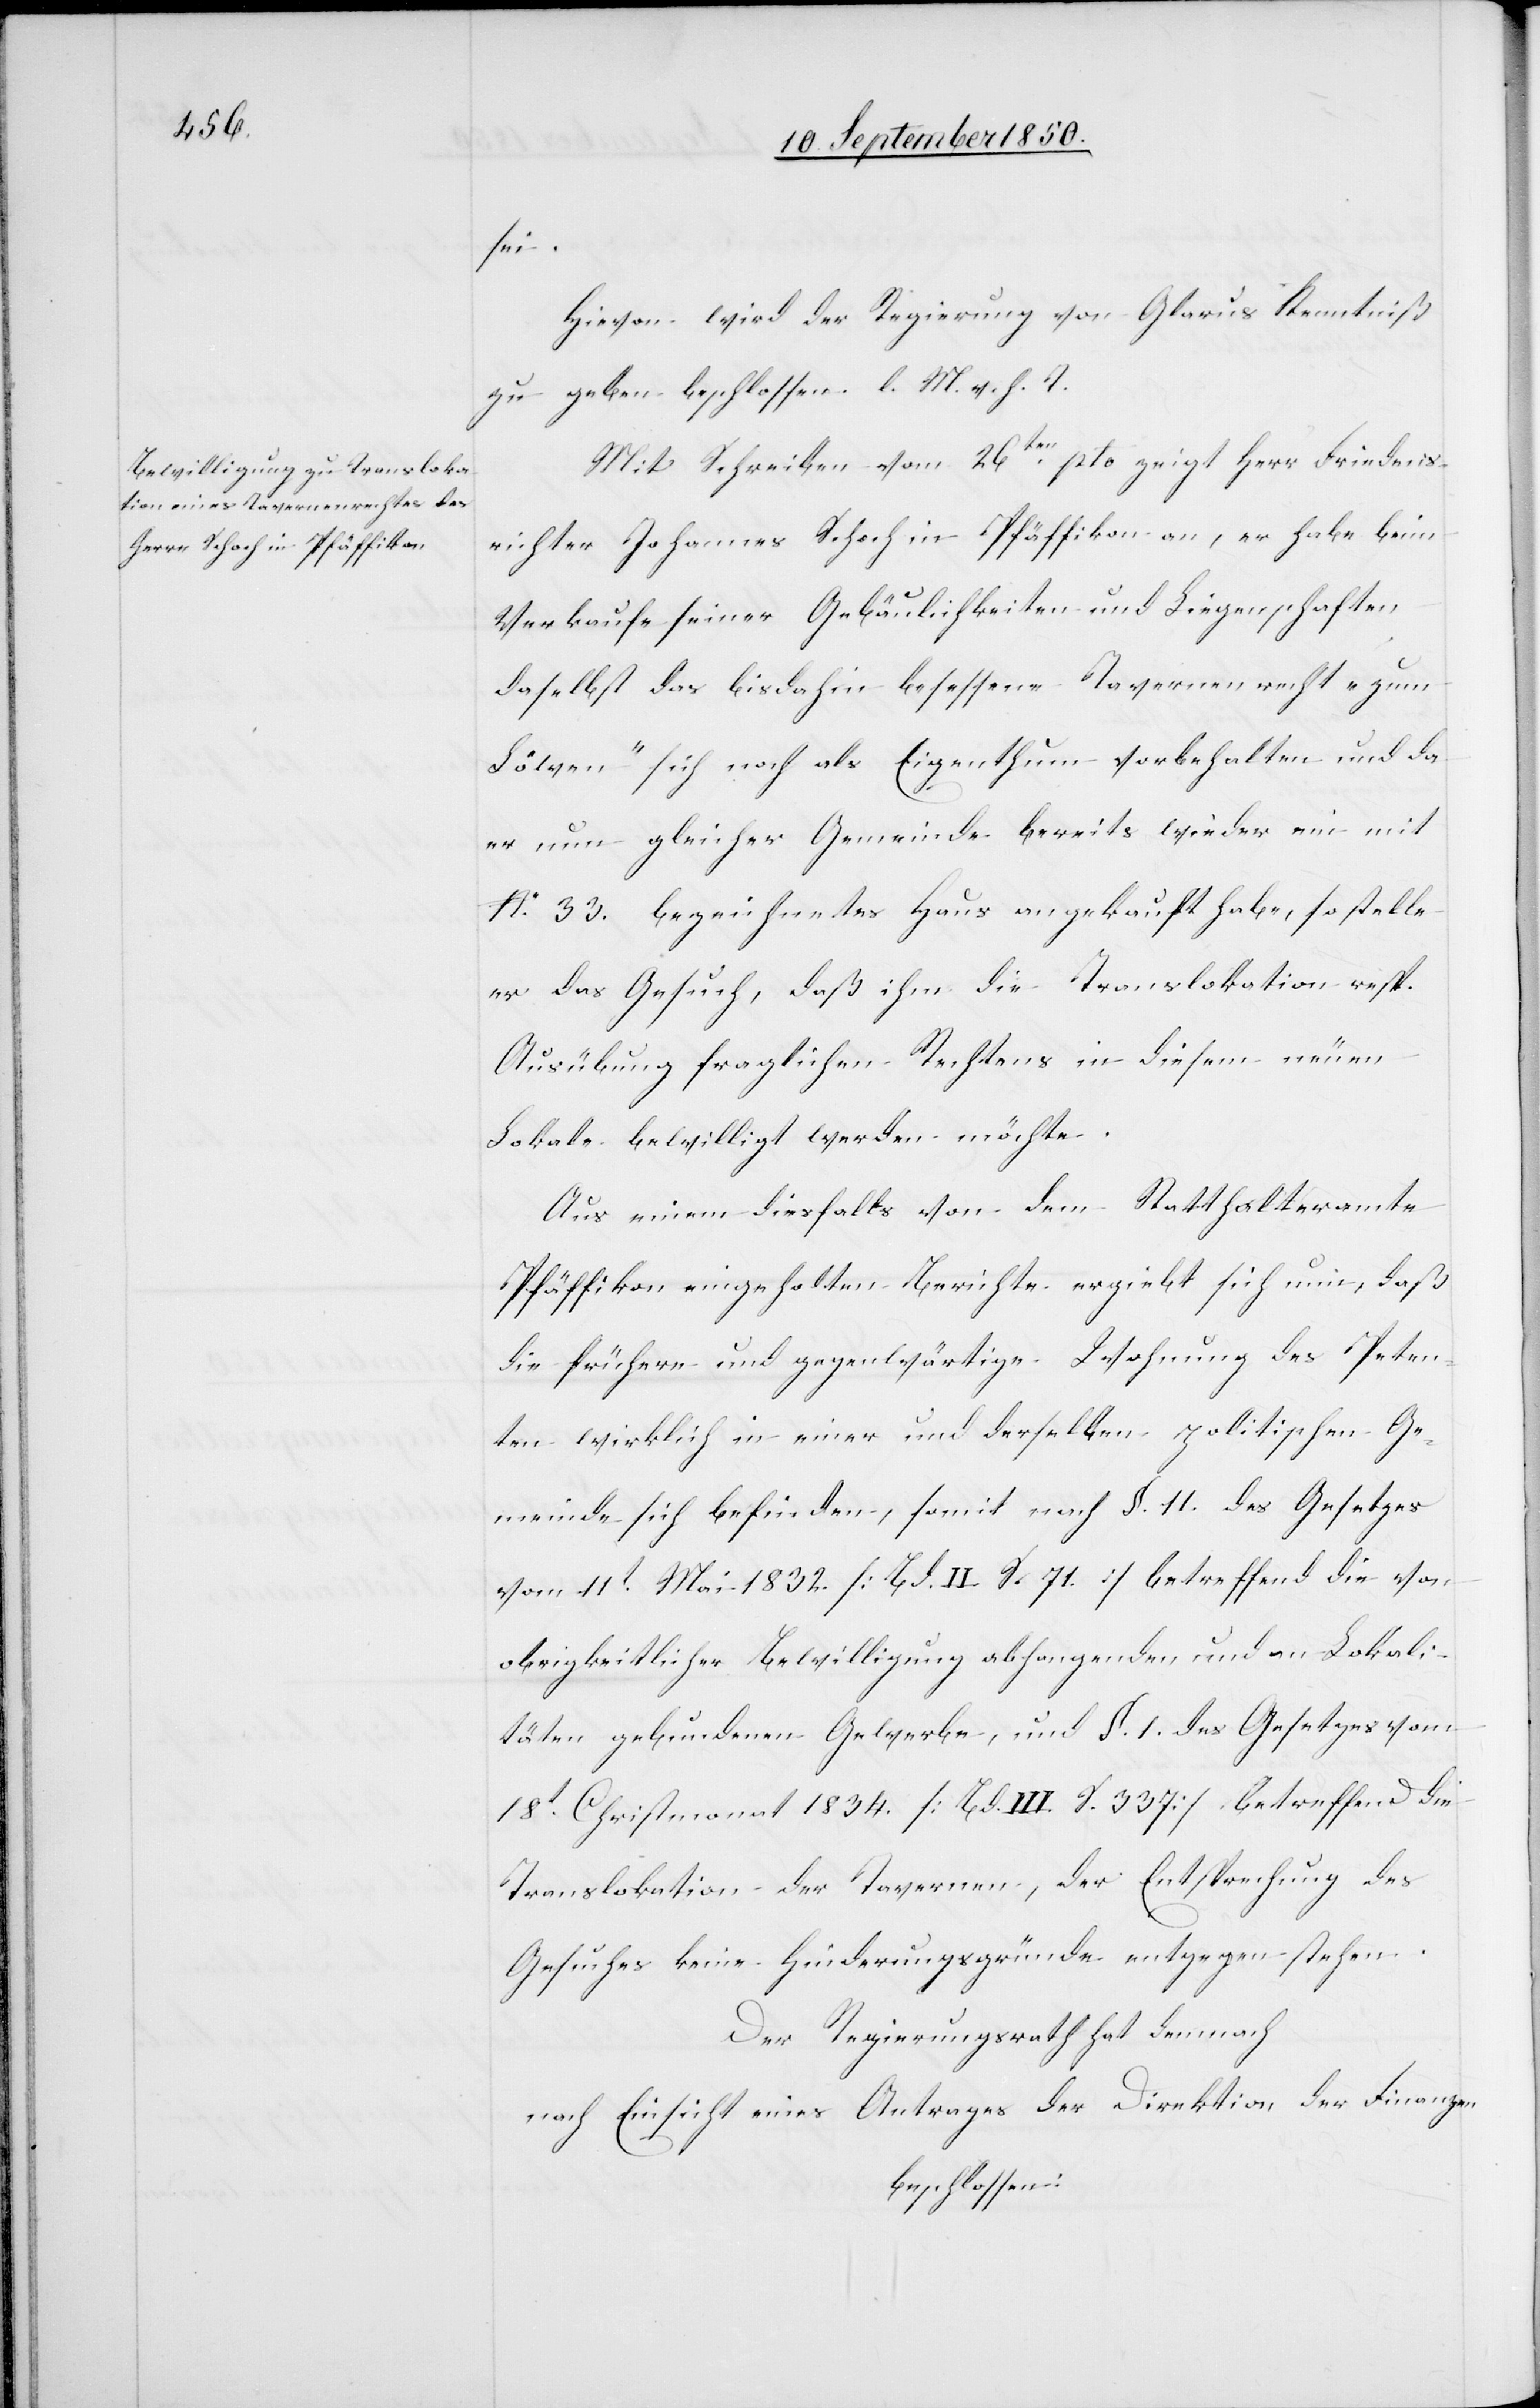
sei.
Hievon wird der Regierung von Glarus Kenntniß
zu geben beschlossen. l. M. v. h. T.
Mit Schreiben vom 26ten pto zeigt Herr Friedens¬
richter Johannes Schoch in Pfäffikon an, er habe beim
Verkaufe seiner Gebäulichkeiten und Liegenschaften
daselbst das bisdahin besessene Tavernenrecht „zum
Löwen“ sich noch als Eigenthum vorbehalten und da
er nun [in] gleicher Gemeinde bereits wieder ein mit
No. 33. bezeichnetes Haus angekauft habe, so stelle
er das Gesuch, daß ihm die Translokation resp.
Ausübung fraglichen Rechtens in diesem neuen
Lokale bewilligt werden möchte.
Aus einem diesfalls von dem Statthalteramte
Pfäffikon eingeholten Berichte ergiebt sich nun, daß
die frühere und gegenwärtige Wohnung des Peten¬
ten wirklich in einer und derselben politischen Ge¬
meinde sich befinden, somit nach §. 11. des Gesetzes
vom 11t Mai 1832. [Bd. II. S. 71] betreffend die von
obrigkeitlicher Bewilligung abhangenden und an Lokali¬
täten gebundenen Gewerbe, und §. 1. des Gesetzes vom
18t Christmonat 1834 [Bd. III. S. 337] betreffend die
Translokation der Tavernen, der Entsprechung des
Gesuches keine Hinderungsgründe entgegen stehen.
Der Regierungsrath hat demnach
nach Einsicht eines Antrages der Direktion der Finanzen
beschlossen: